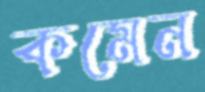
কমেন